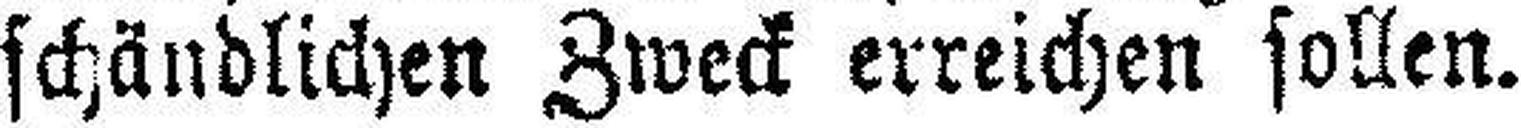
schändlichen Zweck erreichen sollen.